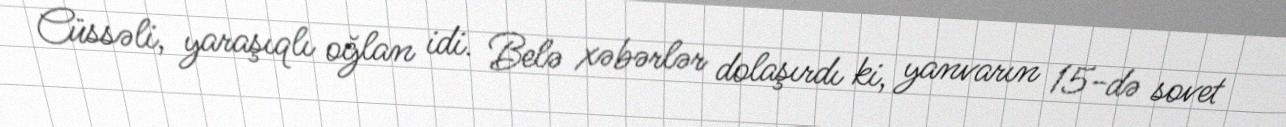
Cüssəli, yaraşıqlı oğlan idi. Belə xəbərlər dolaşırdı ki, yanvarın 15-də sovet